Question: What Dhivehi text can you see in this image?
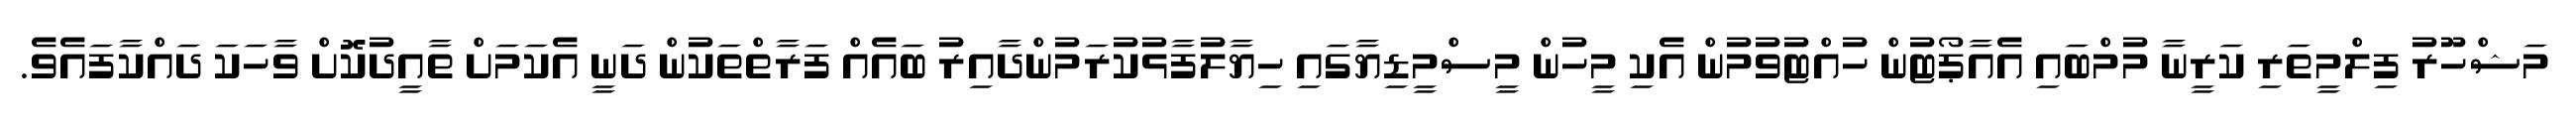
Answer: މަޝްހޫރު ފިލްމީތަރި ކަރީނާ މުމްބައި އެއާޕޯޓުން ހުއްޓުވުމުން އެކި މީހުން މީސްމީޑިޔާގައި ހިޔާލުފާޅުކުރަމުންދާއިރު ބައެއް ފަރާތްތަކުން ދަނީ އެކަމަށް ތާއީދުކޮށް ވާހަކަ ދައްކާފައެވެ.